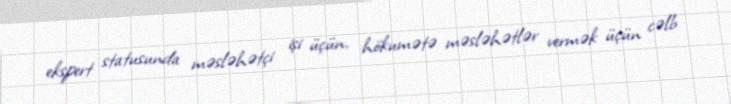
ekspert statusunda məsləhətçi işi üçün, hökumətə məsləhətlər vermək üçün cəlb